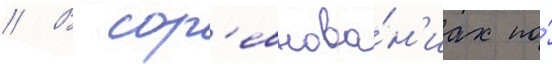
// В сор'евнова́н'иах по́